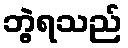
ဘွဲ့ရသည်